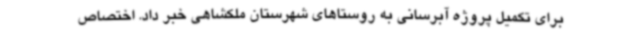
برای تکمیل پروژه آبرسانی به روستاهای شهرستان ملکشاهی خبر داد. اختصاص